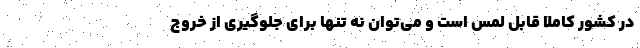
در کشور کاملا قابل لمس است و می‌توان نه تنها برای جلوگیری از خروج